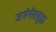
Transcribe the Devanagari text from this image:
जर्मनीतसुद्धा